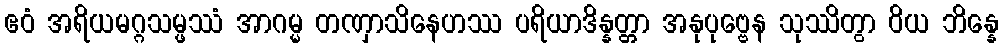
ဧဝံ အရိယမဂ္ဂသမ္ဖဿံ အာဂမ္မ တဏှာသိနေဟဿ ပရိယာဒိန္နတ္တာ အနုပုဗ္ဗေန သုဿိတွာ ဝိယ ဘိန္နေ